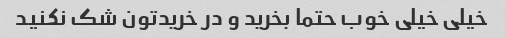
خیلی خیلی خوب حتما بخرید و در خریدتون شک نکنید